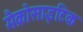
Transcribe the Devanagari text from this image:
मैक्रोसाइटिक